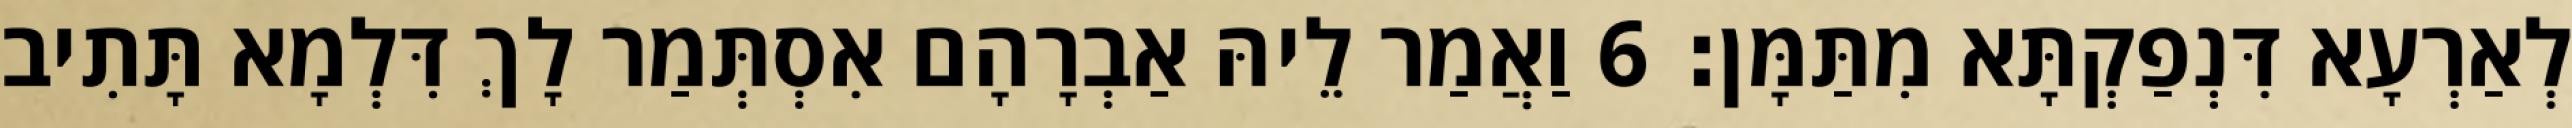
לְאַרְעָא דִּנְפַקְתָּא מִתַּמָּן׃ 6 וַאֲמַר לֵיהּ אַבְרָהָם אִסְתְּמַר לָךְ דִּלְמָא תָּתִיב